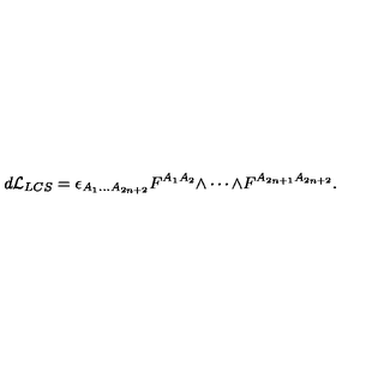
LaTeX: d { \cal L } _ { L C S } = \epsilon _ { A _ { 1 } \ldots A _ { 2 n + 2 } } F ^ { A _ { 1 } A _ { 2 } } \mathrm { \tiny \wedge } \cdots \mathrm { \tiny \wedge } F ^ { A _ { 2 n + 1 } A _ { 2 n + 2 } } .